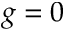
g = 0